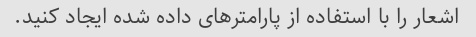
اشعار را با استفاده از پارامترهای داده شده ایجاد کنید.